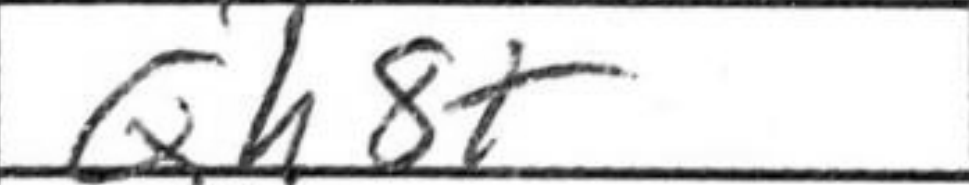
Transcription: Qh8+